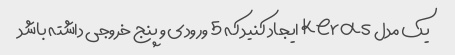
یک مدل Keras ایجاد کنید که 5 ورودی و پنج خروجی داشته باشد